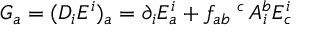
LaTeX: G _ { a } = ( D _ { i } E ^ { i } ) _ { a } = \partial _ { i } E _ { a } ^ { i } + f _ { a b } \; ^ { c } \, A _ { i } ^ { b } E _ { c } ^ { i }